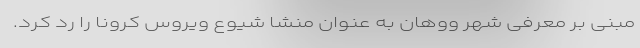
مبنی بر معرفی شهر ووهان به عنوان منشا شیوع ویروس کرونا را رد کرد.